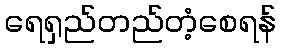
ရေရှည်တည်တံ့စေရန်